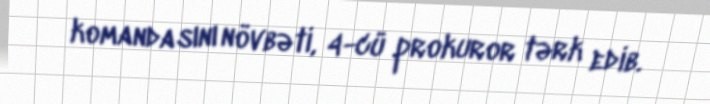
komandasını növbəti, 4-cü prokuror tərk edib.